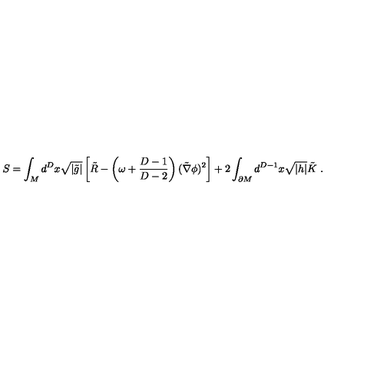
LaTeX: S = \int _ { M } d ^ { D } x \sqrt { | \tilde { g } | } \left[ \tilde { R } - \left( \omega + { \frac { D - 1 } { D - 2 } } \right) ( \tilde { \nabla } \phi ) ^ { 2 } \right] + 2 \int _ { \partial M } d ^ { D - 1 } x \sqrt { | h | } \tilde { K } \ .